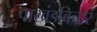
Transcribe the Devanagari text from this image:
पाखंडविचार